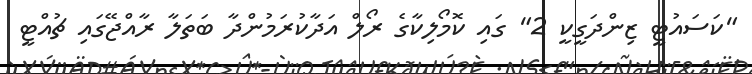
"ކަސައުޓީ ޒިންދަގީކީ 2" ގައި ކޮމޯލިކާގެ ރޯލް އަދާކުރަމުންދާ ބަތަލާ ރާއްޖޭގައި ޗުއްޓީ